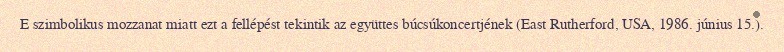
E szimbolikus mozzanat miatt ezt a fellépést tekintik az együttes búcsúkoncertjének (East Rutherford, USA, 1986. június 15.).